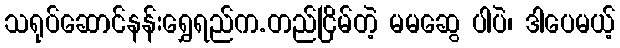
သရုပ်ဆောင်နန်းရွှေရည်က.တည်ငြိမ်တဲ့ မမဆွေ ပါပဲ၊ ဒါပေမယ့်